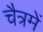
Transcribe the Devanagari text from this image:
चैत्रमें